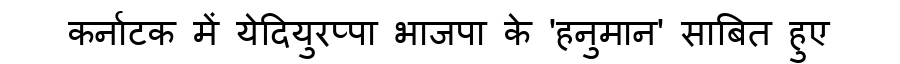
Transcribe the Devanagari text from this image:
कर्नाटक में येदियुरप्पा भाजपा के 'हनुमान' साबित हुए